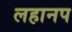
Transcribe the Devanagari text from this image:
लहानप